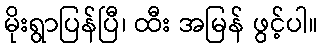
မိုးရွာပြန်ပြီ၊ ထီး အမြန် ဖွင့်ပါ။